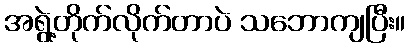
အရွဲ့တိုက်လိုက်တာပဲ သဘောကျပြီး။